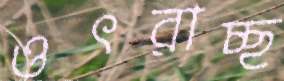
ওৎরাচ্ছ